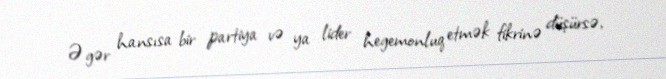
Əgər hansısa bir partiya və ya lider hegemonluq etmək fikrinə düşürsə,